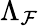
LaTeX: \Lambda_{\mathcal{F}}